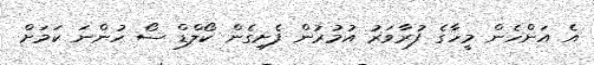
އެ އަންހެން މީހާގެ ފުރާވަރު އުމުރުން ފެށިގެން ކޯލްޑް ސޯ ހުންނަ ކަމަށް